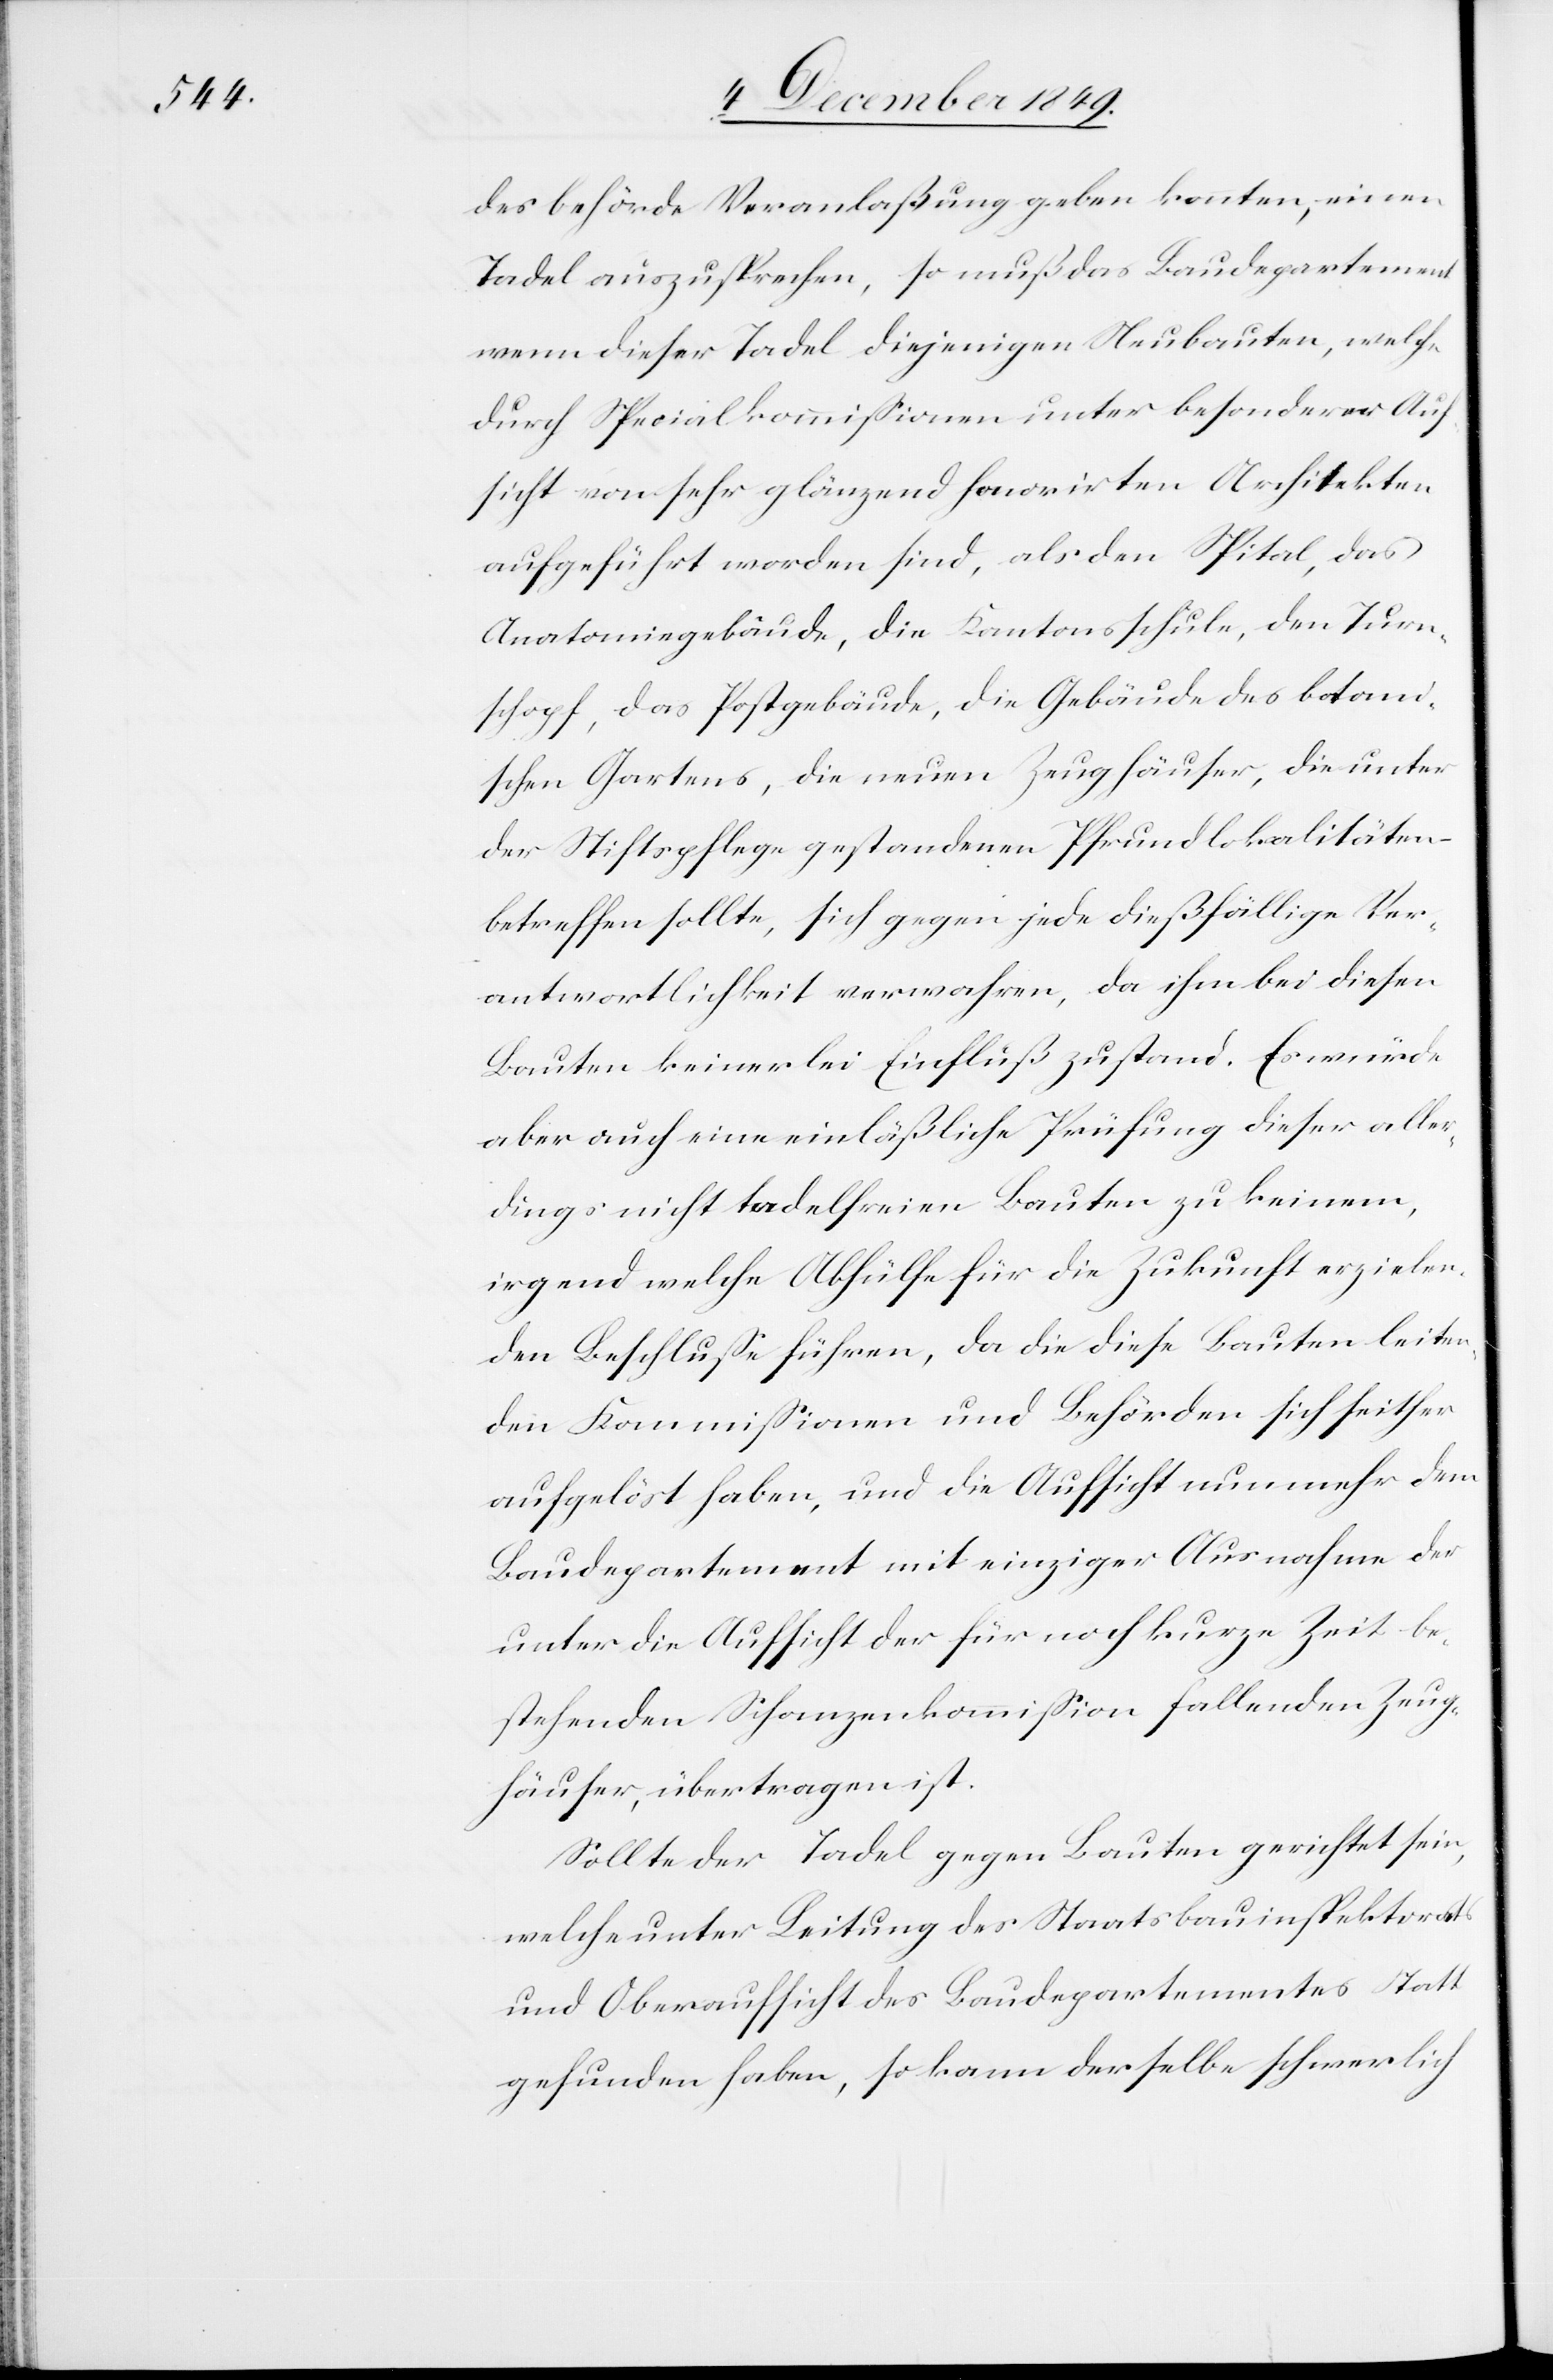
desbehörde Veranlaßung geben konnten, einen
Tadel auszusprechen, so muß das Baudepartement
wenn dieser Tadel diejenigen Neubauten, welche
durch Specialkommißionen unter besonderer Auf¬
sicht vom sehr glänzend honorirten Architekten
aufgeführt worden sind, als dem Spital, das
Anatomiegebäude, die Kantonsschule, dem Turm¬
schopf, das Postgebäude, die Gebäude des botani¬
schen Gartens, die neuen Zeughäuser, die unter
der Stiftspflege gestandenen Pfrundlokalitäten
betreffen sollte, sich gegen jede dießfällige Ver¬
antwortlichkeit verwahren, da ihm bei diesen
Bauten keinerlei Einfluß zustand. Es würde
aber auch eine einläßliche Prüfung dieser aller¬
dings nicht tadelfreien Bauten zu keinem,
irgend welche Abhülfe für die Zukunft erzielen¬
den Beschluße führen, da die diese Bauten leiten¬
den Kommißionen und Behörden sich seither
aufgelöst haben, und die Aufsicht nunmehr dem
Baudepartement mit einziger Ausnahme der
unter die Aufsicht der für noch kurze Zeit be¬
stehenden Schanzenkommißion fallenden Zeug¬
häuser, übertragen ist.
Sollte der Tadel gegen Bauten gerichtet sein,
welche unter Leitung des Staatsbauinspektorates
und Oberaufsicht des Baudepartementes Statt
gefunden haben, so kann derselbe schwerlich